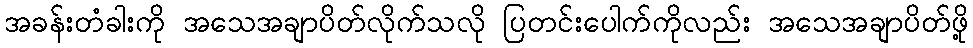
အခန်းတံခါးကို အသေအချာပိတ်လိုက်သလို ပြတင်းပေါက်ကိုလည်း အသေအချာပိတ်ဖို့